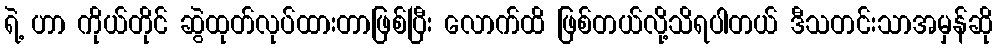
ရဲ့ ဟာ ကိုယ်တိုင် ဆွဲထုတ်လုပ်ထားတာဖြစ်ပြီး လောက်ထိ ဖြစ်တယ်လို့သိရပါတယ် ဒီသတင်းသာအမှန်ဆို